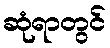
ဆုံရာတွင်